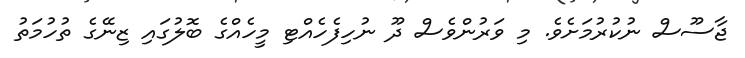
ޖާސޫސް ނުކުރުމަށެވެ. މި ވަރުންވެސް ދޫ ނުހިފެހެއްޓި މީހެއްގެ ބޮލުގައި ޒިނޭގެ ތުހުމަތު